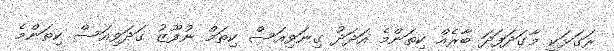
ރަގަޅަކީ މާގަދަފަދަ ބާރެއް ކިތަންމެ އަދަދު ގިނަވިއަސް ކިތަމް ނުފޫޒު ގަދަވިއަސް ކިތަންމެ